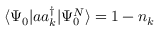
\langle \Psi _ { 0 } | a a _ { k } ^ { \dagger } | \Psi _ { 0 } ^ { N } \rangle = 1 - n _ { k }